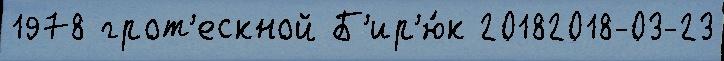
1978 грот'ескной Б'ир'ю́к 20182018-03-23